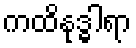
ကထိနုဒ္ဓါရာ